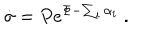
LaTeX: \dot { \sigma } = P e ^ { \Phi - \sum _ { i } \alpha _ { i } } \ .